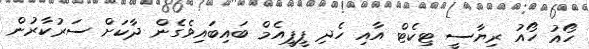
ހޯއު ހޯއު ރިޔާސީ ޓިކެޓް އާއި ހެދި ޕީޕީއެމް ބައިބައިވެގެން ދާކަށް ސަރުކާރުން